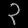
Digit: ၃